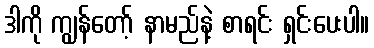
ဒါကို ကျွန်တော့် နာမည်နဲ့ စာရင်း ရှင်းပေးပါ။